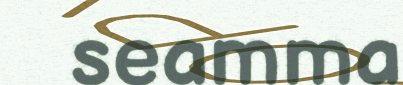
seamma